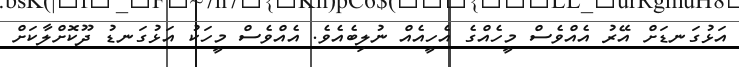
އަޅުގަނޑަށް އޭރު އެއްވެސް މީހެއްގެ އެހީއެއް ނުލިބެއެވެ. އެއްވެސް މީހަކު އަޅުގަނޑު ދޫކޮށްލާކަށް